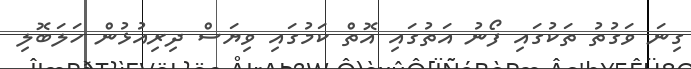
ގިނަ ވަގުތު ތަކުގައި ފޯނު އަތުގައި އޮތް ކަމުގައި ވިޔަސް ދިރިއުޅުން ހަލަބޮލި